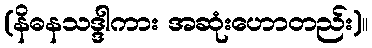
(နိဓနသဒ္ဒါကား အဆုံးဟောတည်း)။